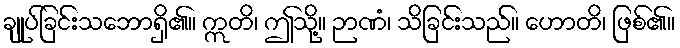
ချုပ်ခြင်းသဘောရှိ၏။ ဣတိ၊ ဤသို့။ ဉာဏံ၊ သိခြင်းသည်။ ဟောတိ၊ ဖြစ်၏။